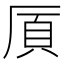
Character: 𫨌